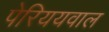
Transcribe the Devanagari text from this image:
पेरिययवाल